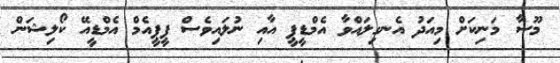
މޫސާ މަނިކަށް މިއަދު އެނގިލައްވާ އެމްޑީޕީ އާއި ނުލައިވެސް ޕީޕީއެމް އެމްޑީއޭ ކޯލިޝަން